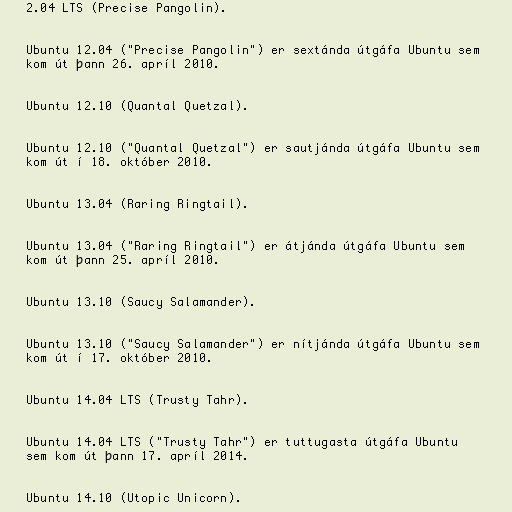
2.04 LTS (Precise Pangolin).

Ubuntu 12.04 ("Precise Pangolin") er sextánda útgáfa Ubuntu sem
kom út þann 26. apríl 2010.

Ubuntu 12.10 (Quantal Quetzal).

Ubuntu 12.10 ("Quantal Quetzal") er sautjánda útgáfa Ubuntu sem
kom út í 18. október 2010.

Ubuntu 13.04 (Raring Ringtail).

Ubuntu 13.04 ("Raring Ringtail") er átjánda útgáfa Ubuntu sem
kom út þann 25. apríl 2010.

Ubuntu 13.10 (Saucy Salamander).

Ubuntu 13.10 ("Saucy Salamander") er nítjánda útgáfa Ubuntu sem
kom út í 17. október 2010.

Ubuntu 14.04 LTS (Trusty Tahr).

Ubuntu 14.04 LTS ("Trusty Tahr") er tuttugasta útgáfa Ubuntu
sem kom út þann 17. apríl 2014.

Ubuntu 14.10 (Utopic Unicorn).